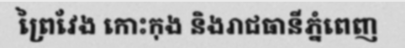
ព្រៃវែង កោះកុង និងរាជធានីភ្នំពេញ